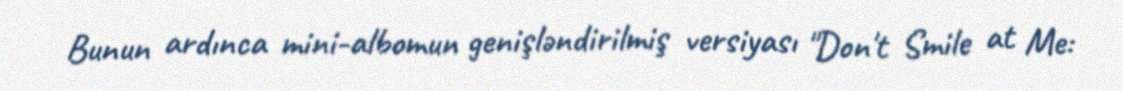
Bunun ardınca mini-albomun genişləndirilmiş versiyası "Don't Smile at Me: